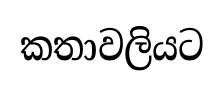
කතාවලියට